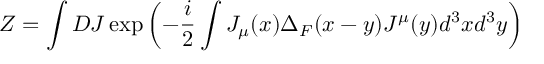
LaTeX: Z = \int D J \exp \left( - \frac { i } { 2 } \int J _ { \mu } ( x ) \Delta _ { F } ( x - y ) J ^ { \mu } ( y ) d ^ { 3 } x d ^ { 3 } y \right)